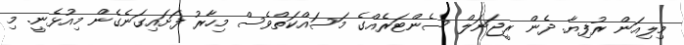
މިލިއަން ރުފިޔާ. ދެން ރީޖަނަލް ސެންޓަރެއްގެ މަސައްކަތްވެސް މިހާރު ފަށައިގަނެގެން މިއުޅެނީ. މި